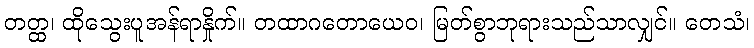
တတ္ထ၊ ထိုသွေးပူအန်ရာနှိုက်။ တထာဂတောယေဝ၊ မြတ်စွာဘုရားသည်သာလျှင်။ တေသံ၊